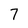
Character: 7